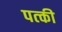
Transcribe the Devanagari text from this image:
पत्‍की